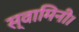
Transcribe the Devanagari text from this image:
स्वामिनी।